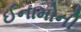
ઈનામોની